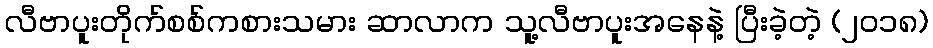
လီဗာပူးတိုက်စစ်ကစားသမား ဆာလာက သူ့လီဗာပူးအနေနဲ့ ပြီးခဲ့တဲ့ (၂၀၁၈)